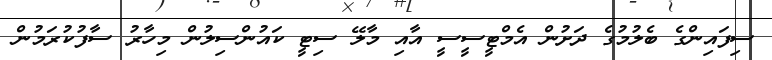
ސިފައިންގެ ބެލުމުގެ ދަށުން އެމްޓީސީސީ އާއި މާލޭ ސިޓީ ކައުންސިލުން މިހާރު ސާފުކުރަމުން